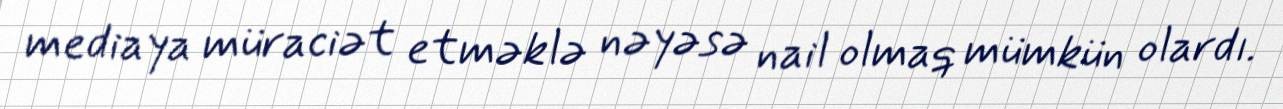
mediaya müraciət etməklə nəyəsə nail olmaq mümkün olardı.